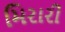
મિરારી